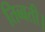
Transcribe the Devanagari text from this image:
तिब्बती।